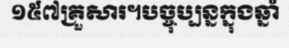
១៥៧គ្រួសារ។បច្ចុប្បន្នក្នុងឆ្នាំ